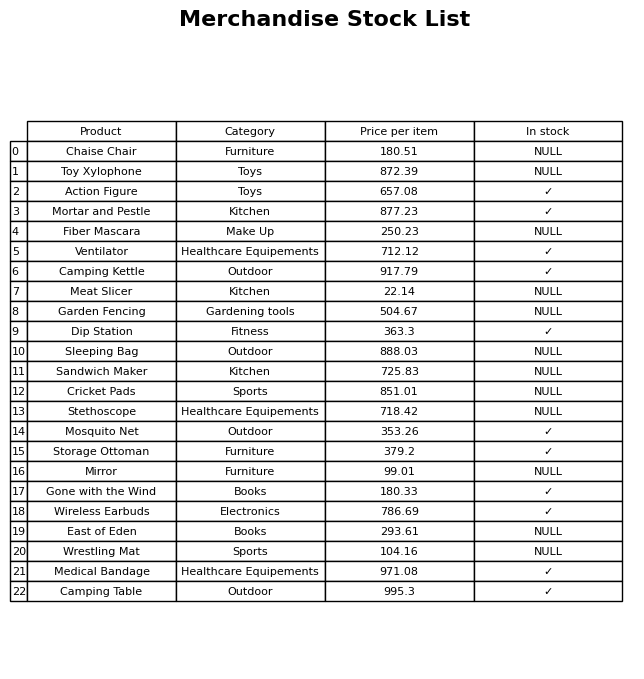
question: What is the stock status of the Fiber Mascara?
answer: NULL